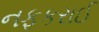
નફકરાઈ